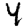
Digit: 4